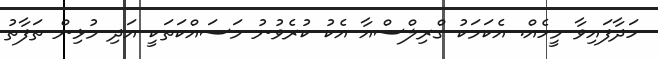
ހަދާފައިވާ މީހެއް. އެކަމަކު ގްރިލްސްއާ އެކު ކުރެވުނު މަސައްކަތަކީ އަދި މުޅިން ތަފާތު